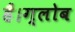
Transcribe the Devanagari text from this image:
हैं।ग्लोब